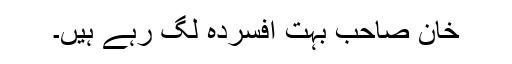
خان صاحب بہت افسردہ لگ رہے ہیں۔